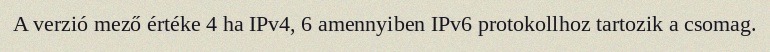
A verzió mező értéke 4 ha IPv4, 6 amennyiben IPv6 protokollhoz tartozik a csomag.